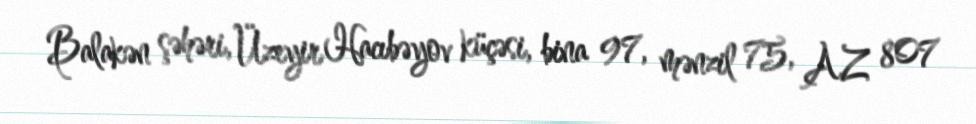
Balakən şəhəri, Üzeyir Hacıbəyov küçəsi, bina 97, mənzil 75, AZ 807